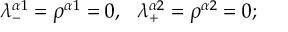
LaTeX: \lambda _ { - } ^ { \alpha 1 } = \rho ^ { \alpha 1 } = 0 , \ \ \lambda _ { + } ^ { \alpha 2 } = \rho ^ { \alpha 2 } = 0 ;